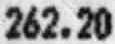
262.20